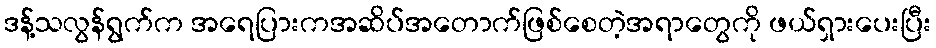
ဒန့်သလွန်ရွက်က အရေပြားကအဆိပ်အတောက်ဖြစ်စေတဲ့အရာတွေကို ဖယ်ရှားပေးပြီး